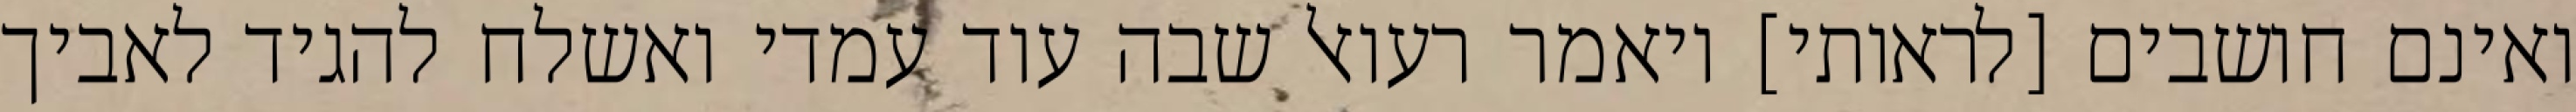
ואינם חושבים [לראותי] ויאמר רעואל שבה עוד עמדי ואשלח להגיד לאביך